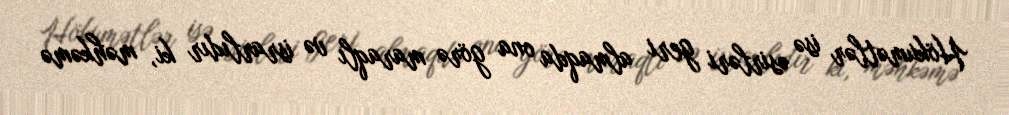
Hökumətlər isə əsirləri geri almaqda ona görə maraqlı və israrlıdır ki, məhkəmə